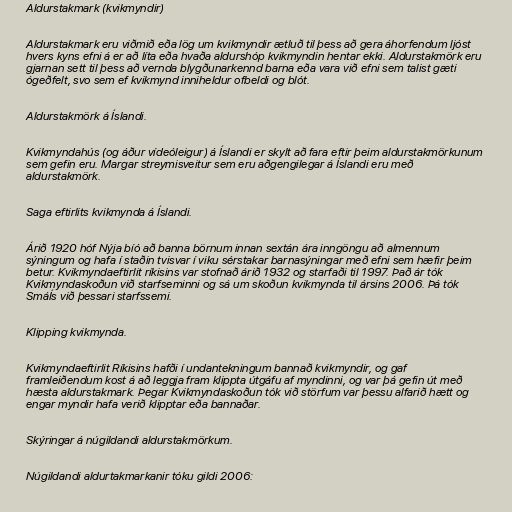
Aldurstakmark (kvikmyndir)

Aldurstakmark eru viðmið eða lög um kvikmyndir ætluð til þess að gera áhorfendum ljóst
hvers kyns efni á er að líta eða hvaða aldurshóp kvikmyndin hentar ekki. Aldurstakmörk eru
gjarnan sett til þess að vernda blygðunarkennd barna eða vara við efni sem talist gæti
ógeðfelt, svo sem ef kvikmynd inniheldur ofbeldi og blót.

Aldurstakmörk á Íslandi.

Kvikmyndahús (og áður vídeóleigur) á Íslandi er skylt að fara eftir þeim aldurstakmörkunum
sem gefin eru. Margar streymisveitur sem eru aðgengilegar á Íslandi eru með
aldurstakmörk.

Saga eftirlits kvikmynda á Íslandi.

Árið 1920 hóf Nýja bíó að banna börnum innan sextán ára inngöngu að almennum
sýningum og hafa í staðin tvisvar í viku sérstakar barnasýningar með efni sem hæfir þeim
betur. Kvikmyndaeftirlit ríkisins var stofnað árið 1932 og starfaði til 1997. Það ár tók
Kvikmyndaskoðun við starfseminni og sá um skoðun kvikmynda til ársins 2006. Þá tók
SmáÍs við þessari starfssemi.

Klipping kvikmynda.

Kvikmyndaeftirlit Ríkisins hafði í undantekningum bannað kvikmyndir, og gaf
framleiðendum kost á að leggja fram klippta útgáfu af myndinni, og var þá gefin út með
hæsta aldurstakmark. Þegar Kvikmyndaskoðun tók við störfum var þessu alfarið hætt og
engar myndir hafa verið klipptar eða bannaðar.

Skýringar á núgildandi aldurstakmörkum.

Núgildandi aldurtakmarkanir tóku gildi 2006: